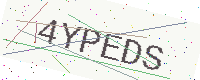
Text: 4YPEDS